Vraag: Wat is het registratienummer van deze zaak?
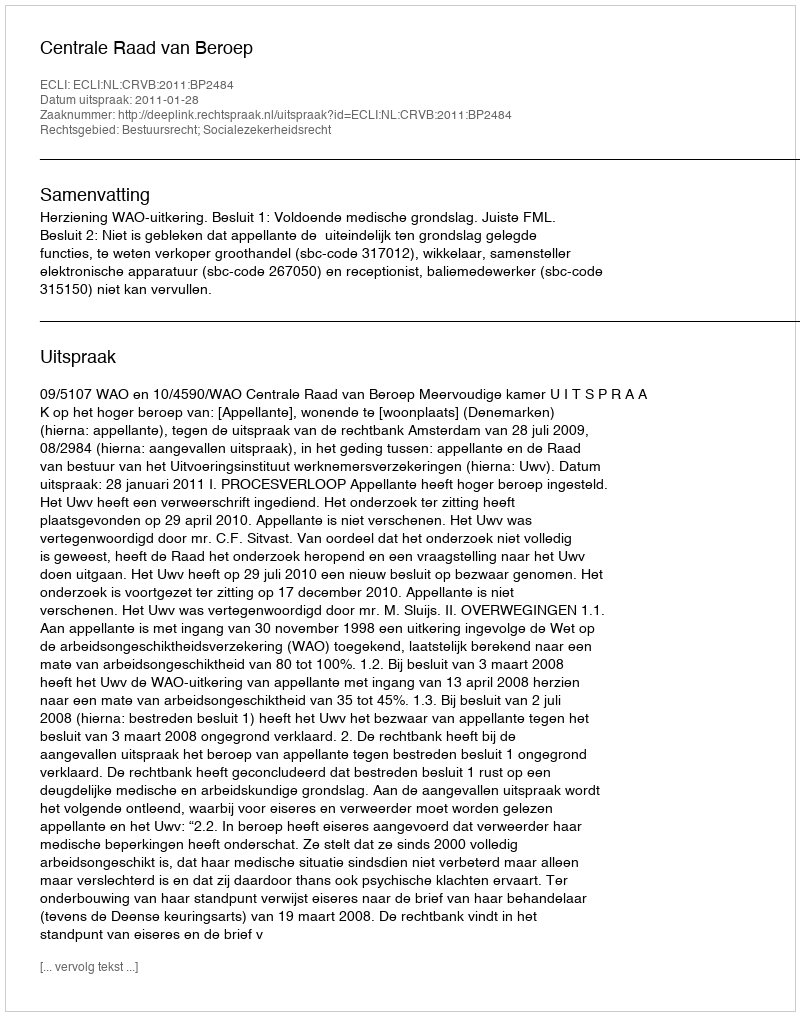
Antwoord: http://deeplink.rechtspraak.nl/uitspraak?id=ECLI:NL:CRVB:2011:BP2484